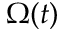
\Omega ( t )